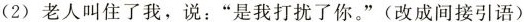
(2) 老人叫住了我，说：”是我打扰了你。”(改成间接引语)